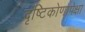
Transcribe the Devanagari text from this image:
दृष्टिकोणापेक्षा